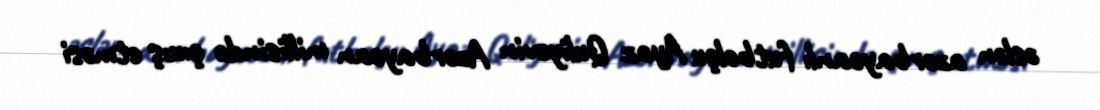
əslən azərbaycanlı futbolçu Ayaz Quliyevin Azərbaycan millisində çıxış etməsi